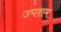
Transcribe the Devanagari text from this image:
उपशम